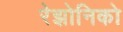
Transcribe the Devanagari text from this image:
रेझोनिको